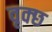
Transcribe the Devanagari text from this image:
वृक्छ